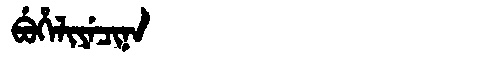
Manchu: ᠪᡠᡥᡝᠯᡳᠶᡝᠴᡳᠨᠠ
Romanization: BUHELIYECINA